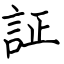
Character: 証